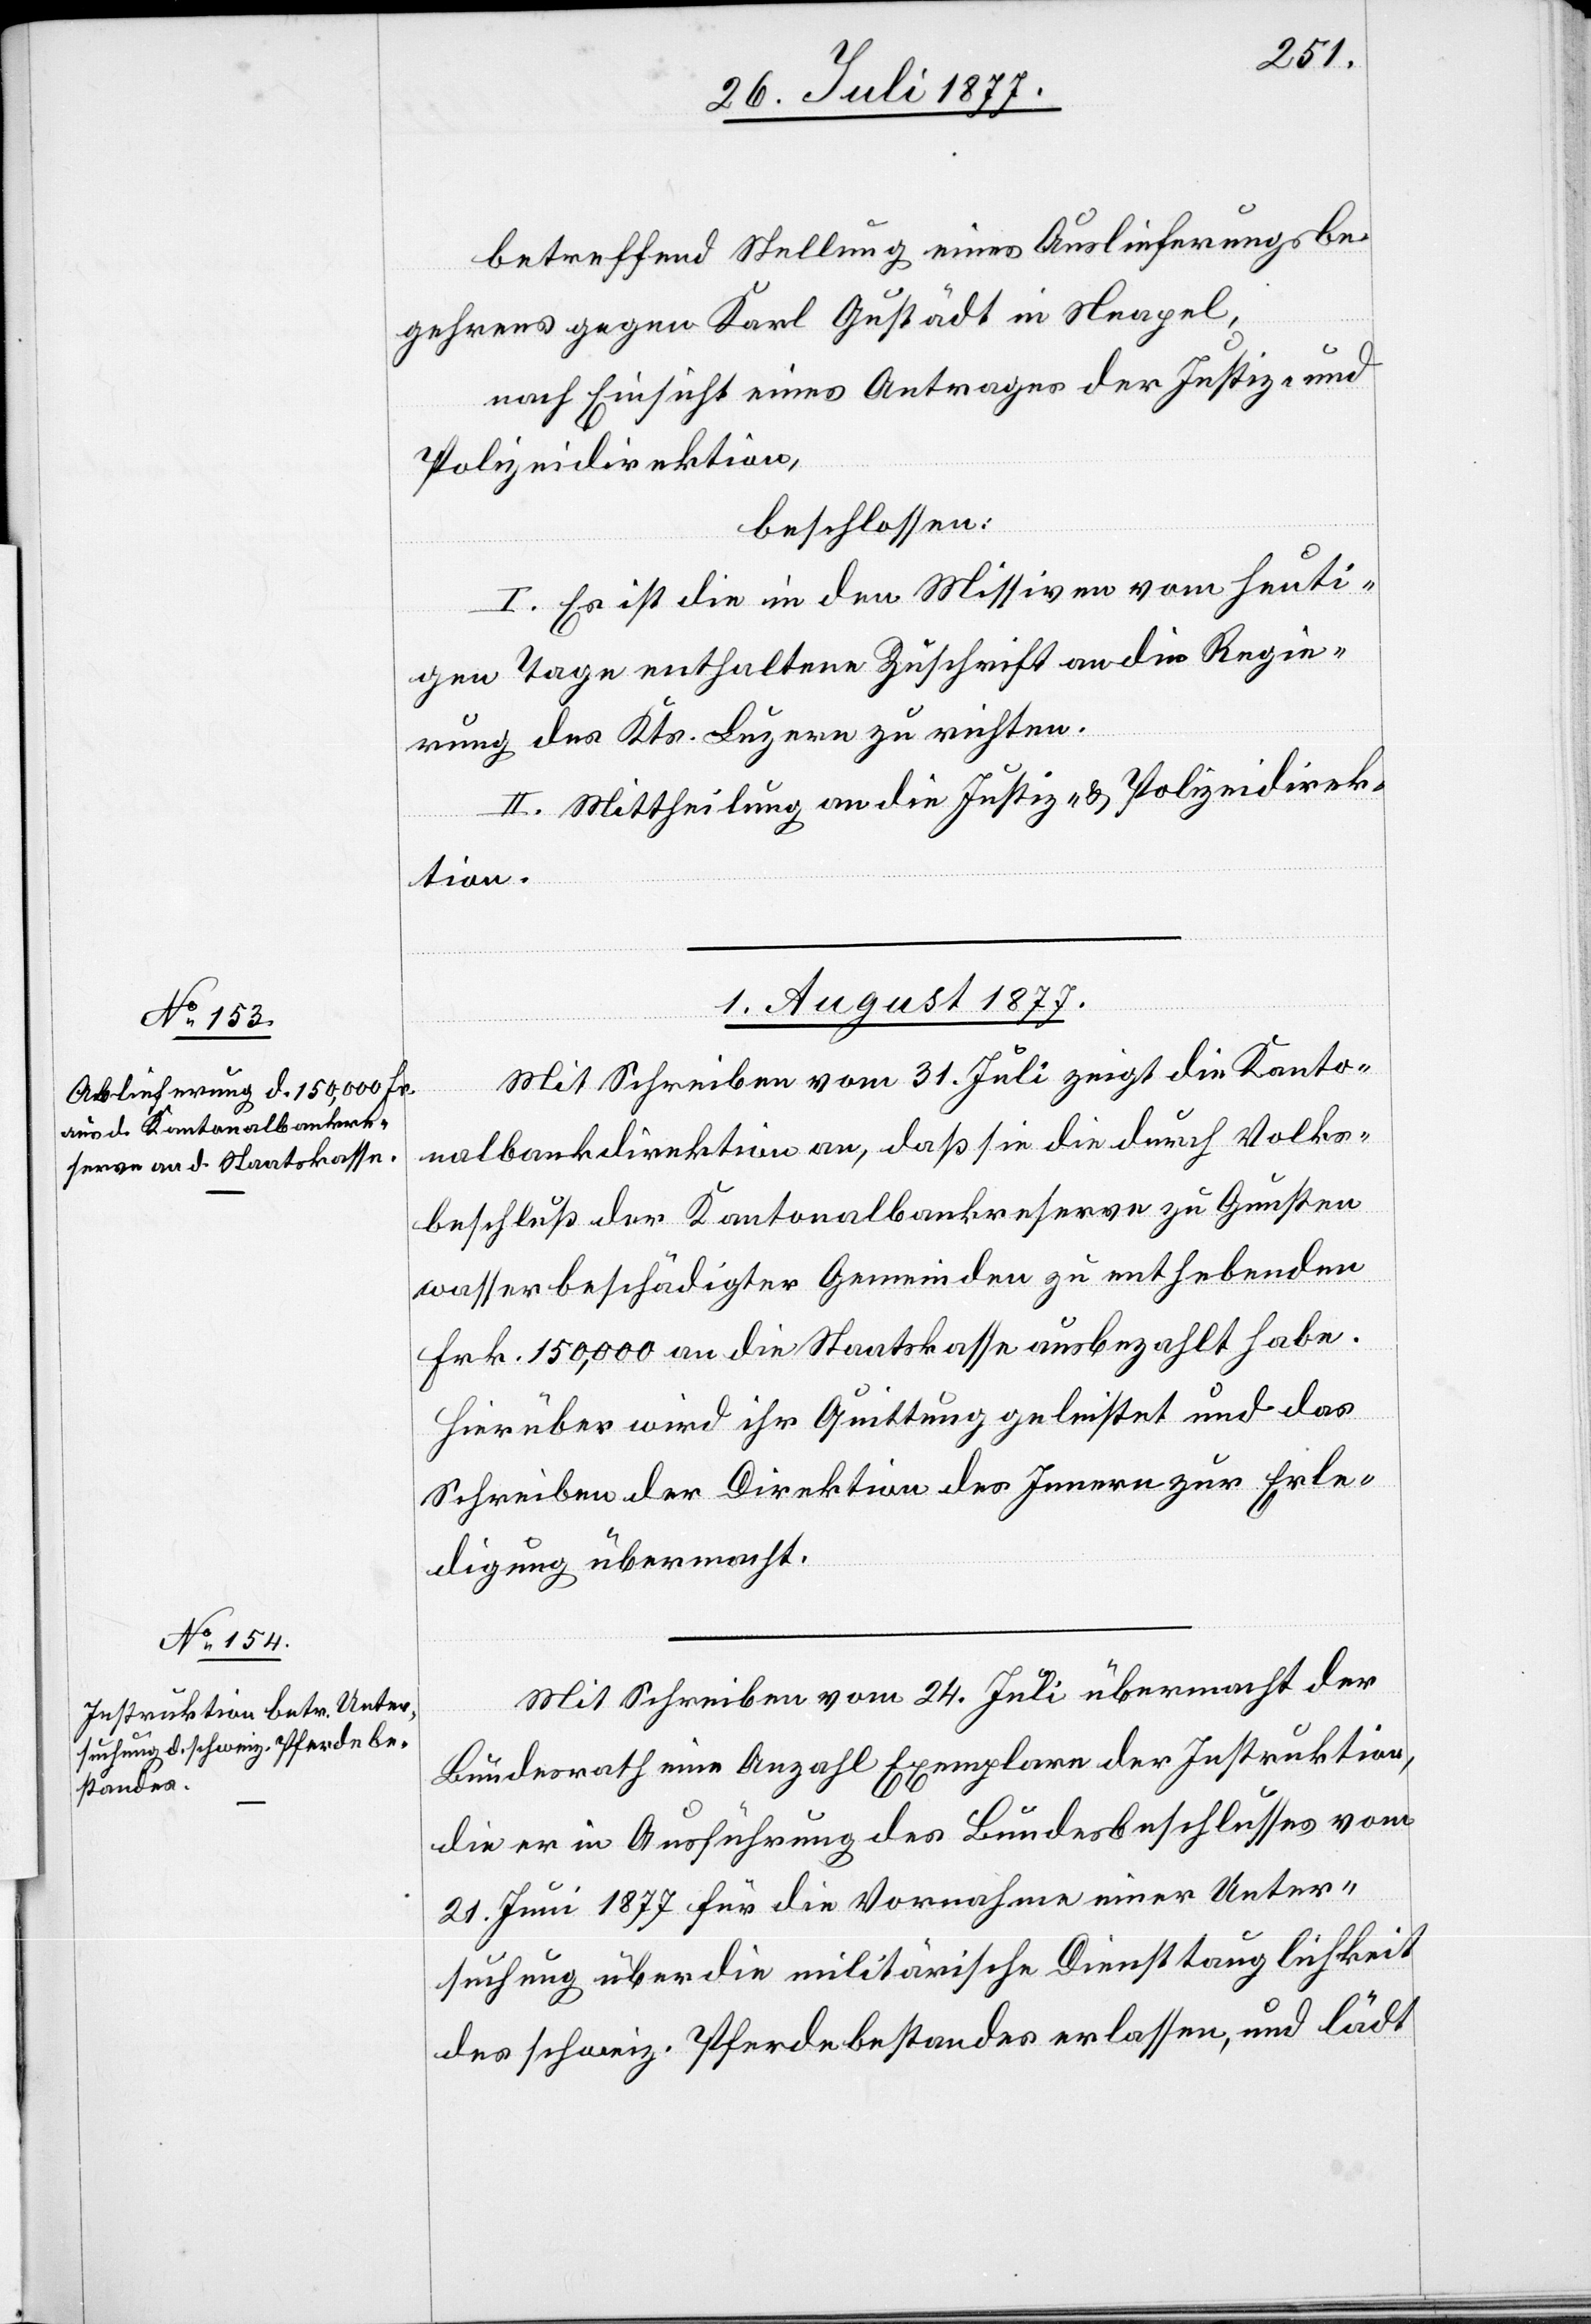
betreffend Stellung eines Auslieferungsbe¬
gehrens gegen Karl Gustädt in Neapel,
nach Einsicht eines Antrages der Justiz- und
Polizeidirektion,
beschlossen:
I. Es ist die in den Missiven vom heuti¬
gen Tage enthaltene Zuschrift an die Regie¬
rung des Kts. Luzern zu richten.
II. Mittheilung an die Justiz- & Polizeidirek¬
tion.
1. August 1877.]
Mit Schreiben vom 31. Juli zeigt die Kanto¬
nalbankdirektion an, daß sie die durch Volks¬
beschluß der Kantonalbankreserve zu Gunsten
wasserbeschädigter Gemeinden zu enthebenden
Frk. 150,000 an die Staatskasse ausbezahlt habe.
Hierüber wird ihr Quittung geleistet und das
Schreiben der Direktion des Innern zur Erle¬
digung übermacht.
Mit Schreiben vom 24. Juli übermacht der
Bundesrath eine Anzahl Exemplare der Instruktion,
die er in Ausführung des Bundesbeschlusses vom
21. Juni 1877 für die Vornahme einer Unter¬
suchung über die militärische Diensttauglichkeit
des schweiz. Pferdebestandes erlassen, und lädt